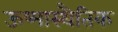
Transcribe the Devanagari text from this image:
ऊष्मास्थैतिक